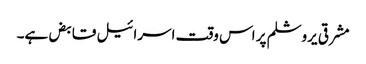
مشرقی یروشلم پر اس وقت اسرائیل قابض ہے۔